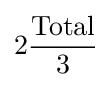
2{\frac {\text{Total}}{3}}